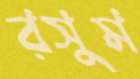
রসুম